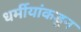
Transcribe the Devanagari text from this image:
धर्मीयांकडून